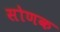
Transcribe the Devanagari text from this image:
सोणक